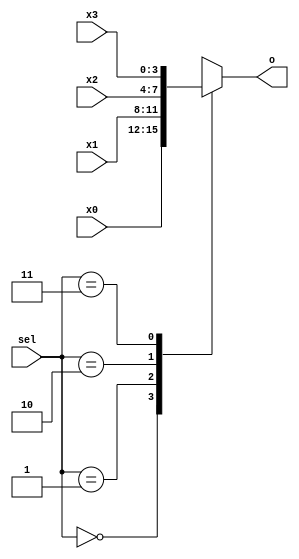
`timescale 1ns / 1ps
//////////////////////////////////////////////////////////////////////////////////
// Company: 
// Engineer: 
// 
// Design Name: 
// Module Name:    mux4t1_4 
// Project Name: 
// Target Devices: 
// Tool versions: 
// Description: 
//
// Dependencies: 
//
// Revision: 
// Revision 0.01 - File Created
// Additional Comments: 
//
//////////////////////////////////////////////////////////////////////////////////
module mux4t1_4(
	input [3:0]x0,
	input [3:0]x1,
	input [3:0]x2,
	input [3:0]x3,
	input [1:0]sel,
	output reg [3:0]o
    );
	 always @(*) begin
		case(sel)
			2'b00: o = x0;
			2'b01: o = x1;
			2'b10: o = x2;
			2'b11: o = x3;
		endcase
	end
endmodule